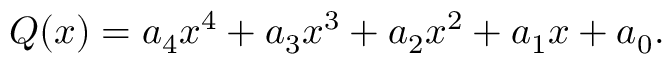
Q ( x ) = a _ { 4 } x ^ { 4 } + a _ { 3 } x ^ { 3 } + a _ { 2 } x ^ { 2 } + a _ { 1 } x + a _ { 0 } .